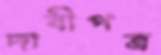
দাবীপত্র